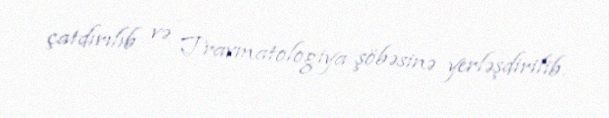
çatdırılıb və Travmatologiya şöbəsinə yerləşdirilib.